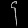
Digit: ၄